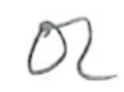
Text: or
Cross-out: clean
Writing tool: pencil